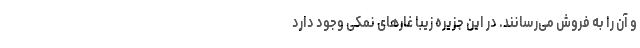
و آن را به فروش می‌رسانند. در این جزیره زیبا غار‌های نمکی وجود دارد